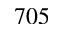
7 0 5